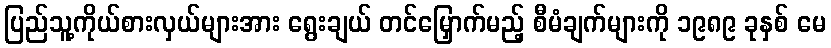
ပြည်သူ့ကိုယ်စားလှယ်များအား ရွေးချယ် တင်မြှောက်မည့် စီမံချက်များကို ၁၉၈၉ ခုနှစ် မေ